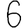
Digit: 6